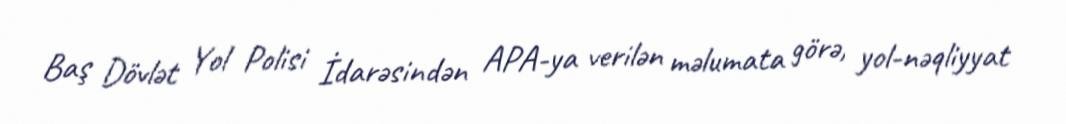
Baş Dövlət Yol Polisi İdarəsindən APA-ya verilən məlumata görə, yol-nəqliyyat